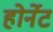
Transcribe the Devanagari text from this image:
होर्नेट